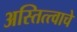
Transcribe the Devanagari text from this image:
अस्तित्त्वाचे